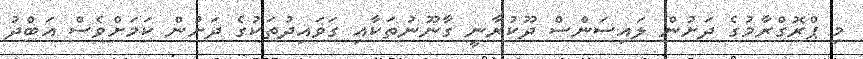
މި ޕްރޮގްރާމުގެ ދަށުން ލައިސަންސް ދޫކުރާނީ ގާނޫނުތަކާއި ގަވައިދުތަކުގެ ދަށުން ކަމަށްވެސް އަބްދު